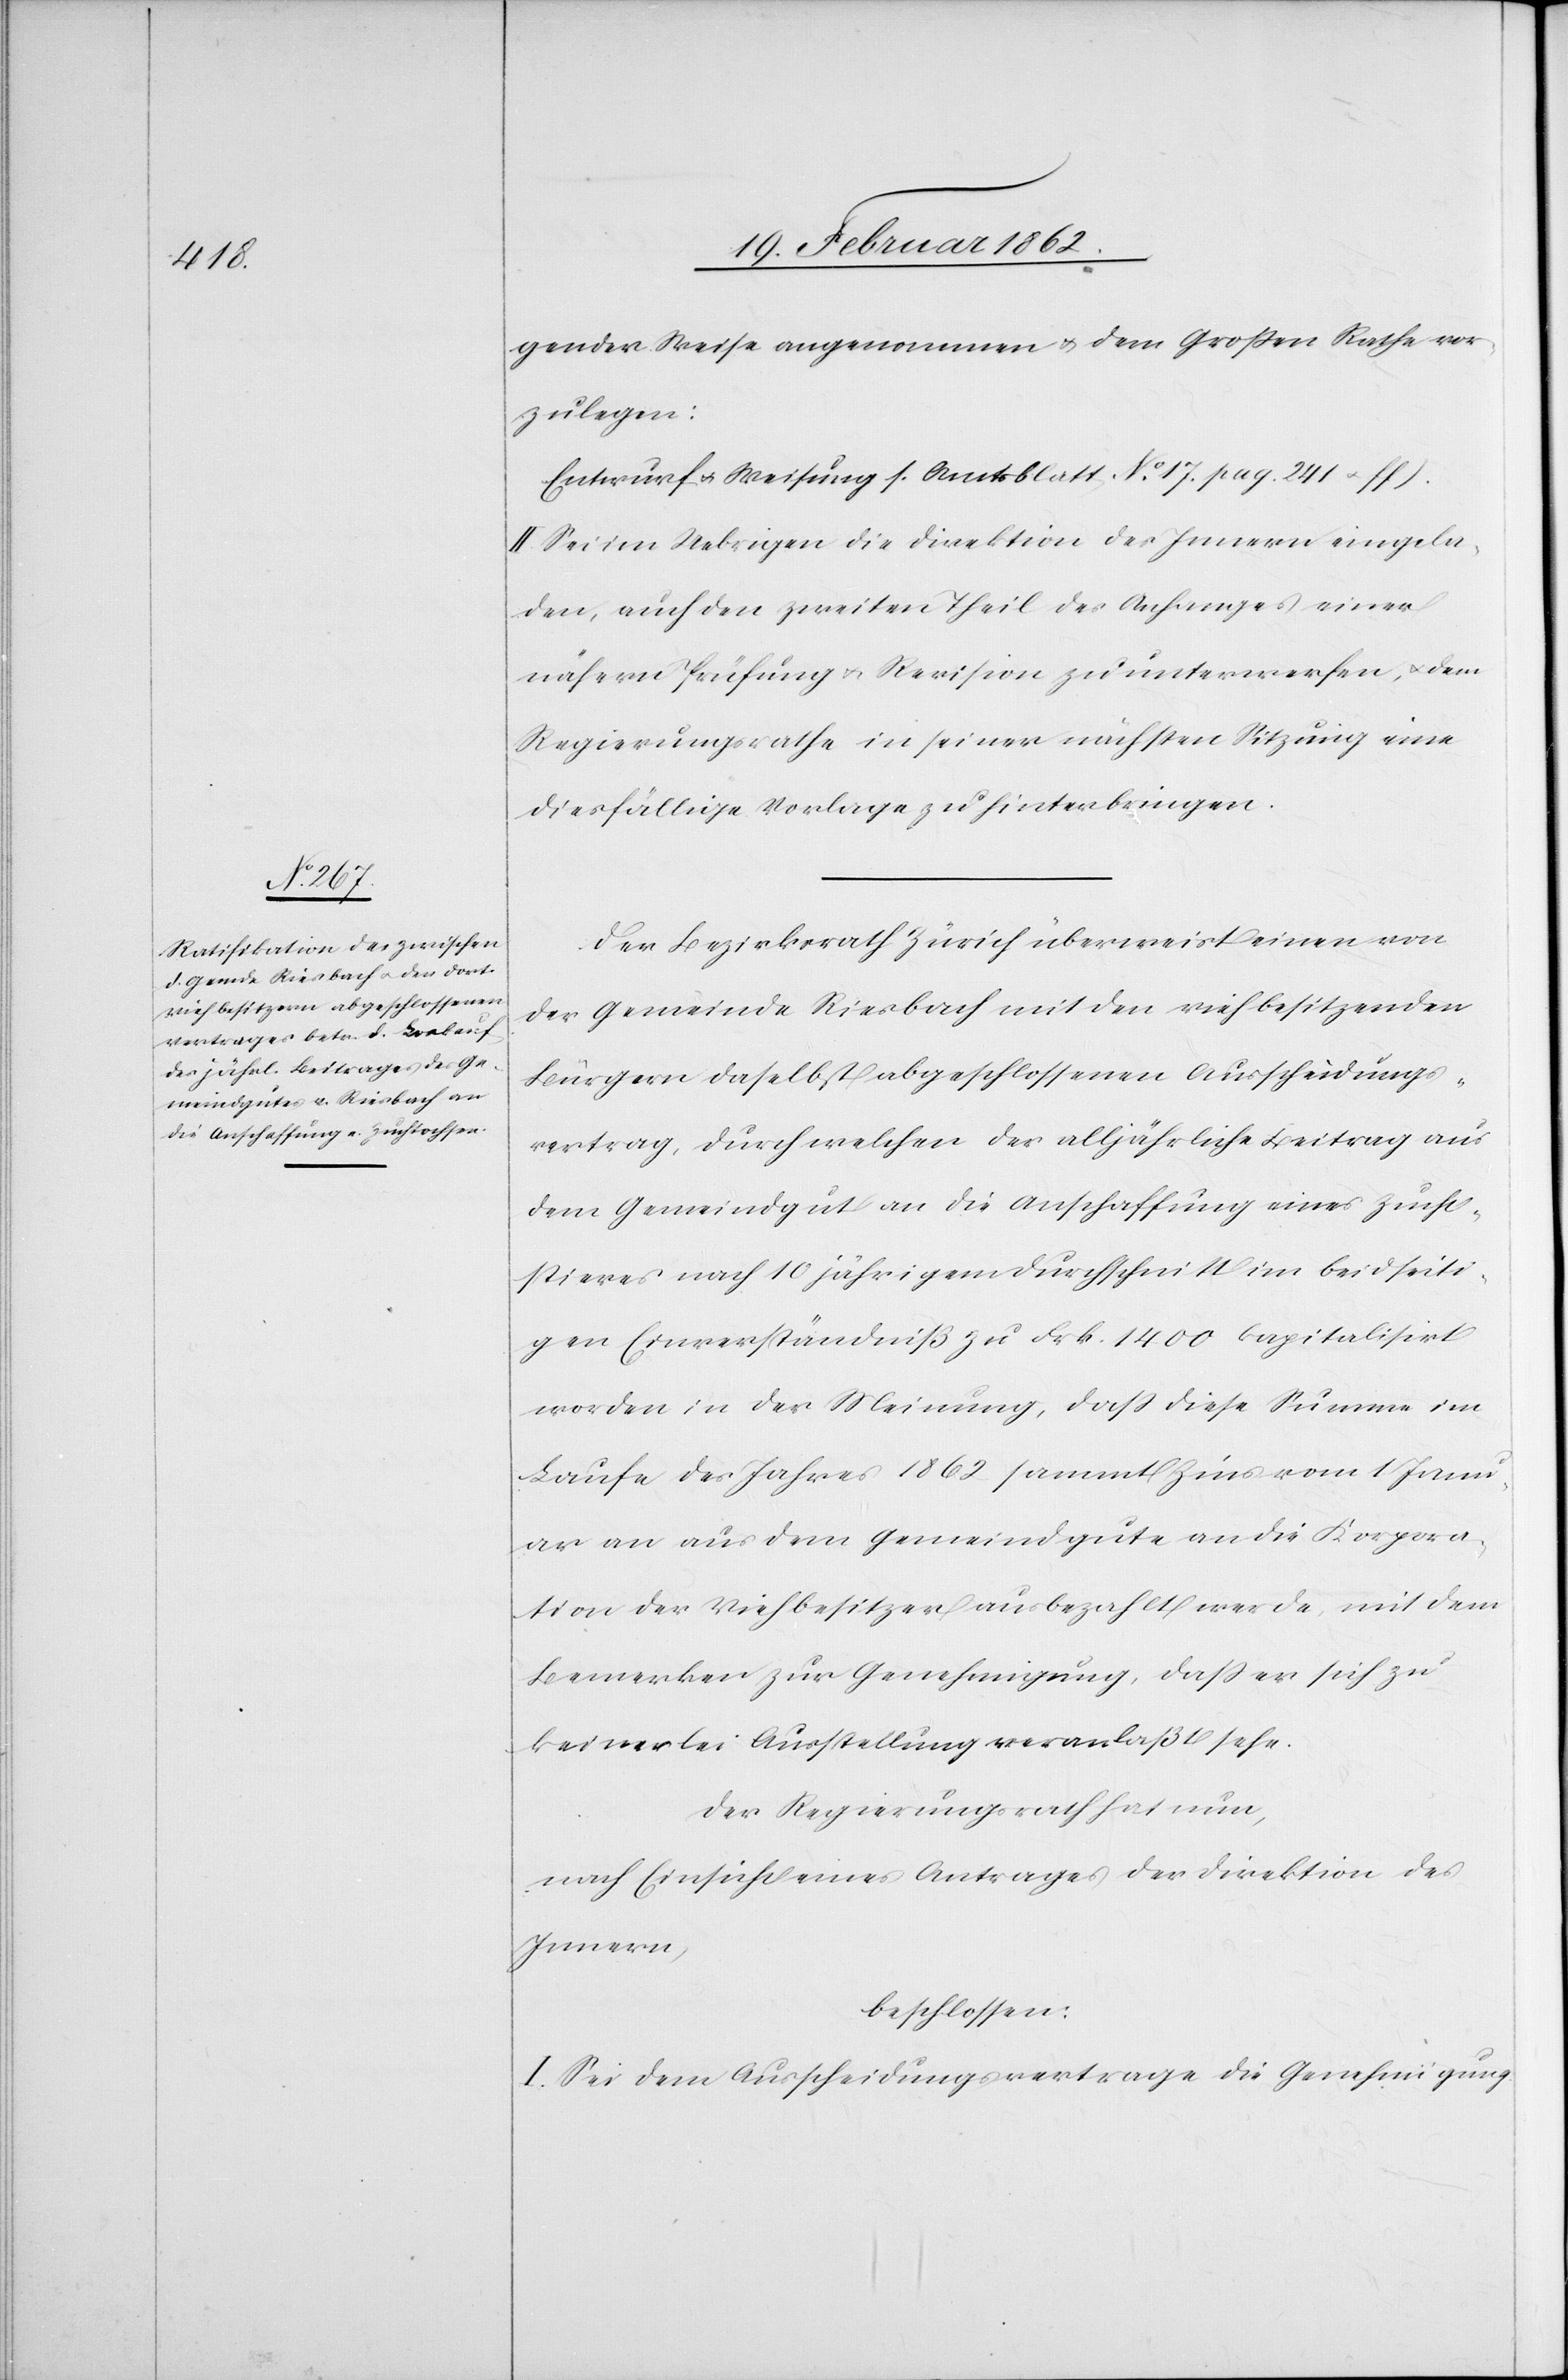
gender Weise angenommen u. dem Großen Rathe vor¬
zulegen:
Entwurf u. Weisung s. Amtsblatt No 17. pag. 241 u. ff.
II. Sei im Uebrigen die Direktion des Innern eingela¬
den, auch den zweiten Theil des Anfanges einer
nähern Prüfung u. Revision zu unterwerfen, u. dem
Regierungsrathe in seiner nächsten Sitzung eine
diesfällige Vorlage zu hinterbringen.
Der Bezirksrath Zürich überweist einen von
der Gemeinde Riesbach mit den viehbesitzenden
Bürgern daselbst abgeschlossenen Ausscheidungs¬
vertrag, durch welchen der alljährliche Beitrag aus
dem Gemeindgut an die Anschaffung eines Zucht¬
stieres nach 10jährigem Durchschnitt im beidseiti¬
gen Einverständniß zu Frk. 1400 kapitalisirt
worden in der Meinung, daß diese Summe im
Laufe des Jahres 1862 sammt Zins vom 1 Janu¬
ar an aus dem Gemeindgute an die Korpora¬
tion der Viehbesitzer ausbezahlt werde, mit dem
Bemerken zur Genehmigung, daß er sich zu
keinerlei Ausstellung veranlaßt sehe.
Der Regierungsrath hat nun,
nach Einsicht eines Antrages der Direktion des
Innern,
beschlossen:
I. Sei dem Ausscheidungsvertrage die Genehmigung